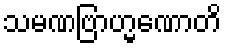
သမဏဗြာဟ္မဏောတိ